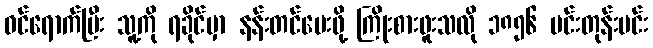
ဝင်ရောက်ပြီး သူ့ကို ရခိုင်မှာ နန်းတင်ပေးဖို့ ကြိုးစားဖူးသလို ၁၈၅၆ မင်းတုန်းမင်း